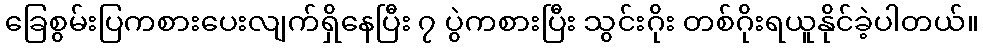
ခြေစွမ်းပြကစားပေးလျက်ရှိနေပြီး ၇ ပွဲကစားပြီး သွင်းဂိုး တစ်ဂိုးရယူနိုင်ခဲ့ပါတယ်။